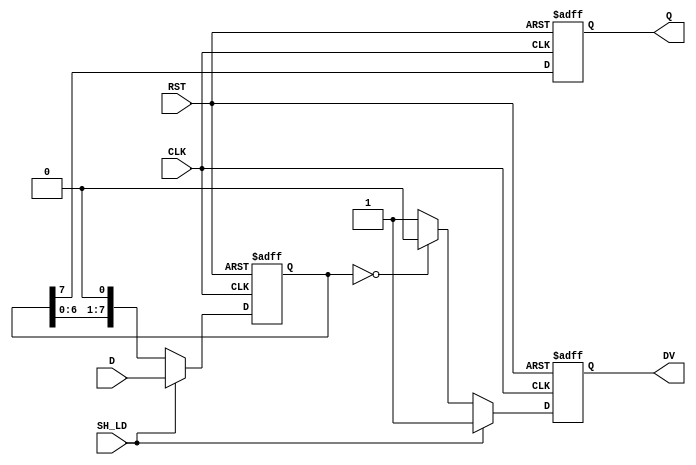
module PISO_Register #(
    parameter n = 8  // Parameter for the width of the register
)(
    input wire [n-1:0] D,      // Parallel data input
    input wire SH_LD,          // Shift/Load control signal
    input wire CLK,            // Clock signal
    input wire RST,            // Asynchronous reset signal
    output reg Q,              // Serial output
    output reg DV              // Data valid signal
);

    reg [n-1:0] shift_reg;     // Internal shift register

    always @(posedge CLK or posedge RST) begin
        if (RST) begin
            shift_reg <= {n{1'b0}}; // Clear the register
            Q <= 1'b0;              // Clear the output
            DV <= 1'b0;             // Clear the data valid signal
        end else begin
            if (SH_LD) begin
                // Load mode
                shift_reg <= D;      // Load parallel data
                Q <= shift_reg[n-1]; // Output the MSB
                DV <= 1'b1;          // Assert data valid
            end else begin
                // Shift mode
                Q <= shift_reg[n-1]; // Output the MSB
                shift_reg <= {shift_reg[n-2:0], 1'b0}; // Shift right
                if (shift_reg == {n{1'b0}}) begin
                    DV <= 1'b0;      // De-assert data valid when all bits are shifted out
                end else begin
                    DV <= 1'b1;      // Assert data valid while shifting
                end
            end
        end
    end

endmodule